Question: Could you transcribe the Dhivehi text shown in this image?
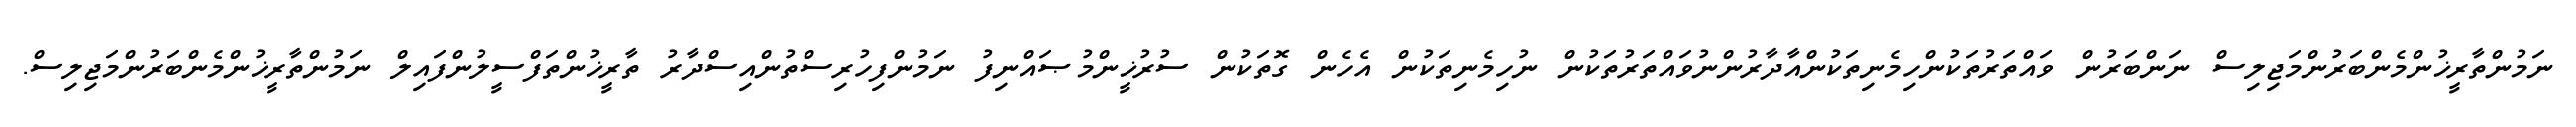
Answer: ނަމުންތާރީޚުންމެންބަރުންމަޖިލިސް ނަންބަރުން ވައްތަރުތަކުންހިމެނިތަކުންއާދާރުންނުވައްތަރުތަކުން ނުހިމެނިތަކުން އެހެން ގޮތަކުން ސުރުޚީންމުޞައްނިފު ނަމުންފިހުރިސްތުންއިސްދާރު ތާރީޚުންތަފްސީލުންފައިލް ނަމުންތާރީޚުންމެންބަރުންމަޖިލިސް.